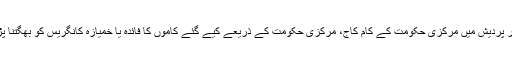
ملک یا اتر پردیش میں مرکزی حکومت کے کام کاج، مرکزی حکومت کے ذریعے کیے گئے کاموں کا فائدہ یا خمیازہ کانگریس کو بھگتنا پڑ رہا ہے۔